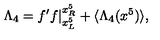
\Lambda _ { 4 } = f ^ { \prime } f | _ { x _ { L } ^ { 5 } } ^ { x _ { R } ^ { 5 } } + \langle \Lambda _ { 4 } ( x ^ { 5 } ) \rangle ,